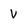
Character: V